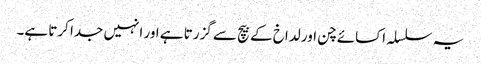
یہ سلسلہ اکسائے چن اور لداخ کے بیچ سے گزرتا ہے اور انہیں جدا کرتا ہے۔